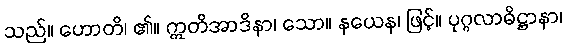
သည်။ ဟောတိ၊ ၏။ ဣတိအာဒိနာ၊ သော။ နယေန၊ ဖြင့်။ ပုဂ္ဂလာဓိဋ္ဌာနာ၊